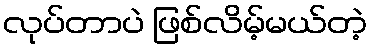
လုပ်တာပဲ ဖြစ်လိမ့်မယ်တဲ့